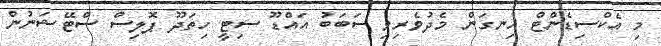
މި އެކްސިޑެންޓް ހިނގަން މެދުވެރިވި ސަބަބު އައްޑޫ ސިޓީ ހިތަދޫ ޕޮލިސް ސްޓޭޝަނުން